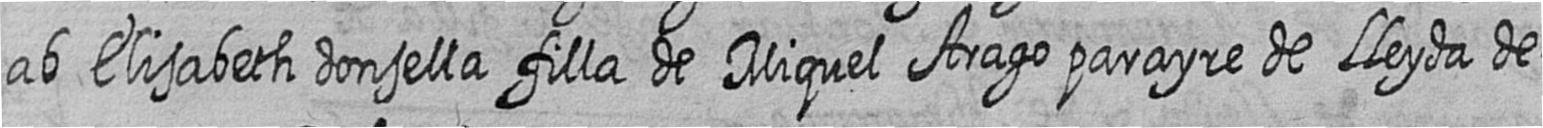
ab Elisabeth donsella filla de Miquel Arago parayre de Lleyda de=